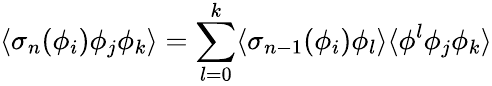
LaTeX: \langle\sigma_{n}(\phi_{i})\phi_{j}\phi_{k}\rangle=\sum_{l=0}^{k}\langle\sigma_{n-1}(\phi_{i})\phi_{l}\rangle\langle\phi^{l}\phi_{j}\phi_{k}\rangle